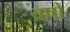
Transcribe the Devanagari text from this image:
व्रषों